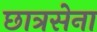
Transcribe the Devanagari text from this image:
छात्रसेना